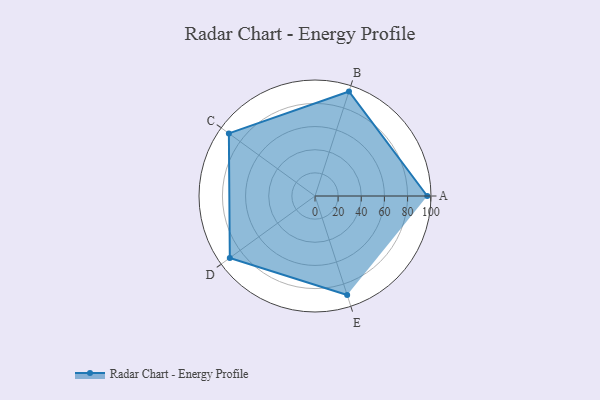
{"axis": {"x": "Skill", "y": "Score"}, "legend": ["Profile"], "data": [{"x": "A", "y": 97.0, "type": "Profile"}, {"x": "B", "y": 95.0, "type": "Profile"}, {"x": "C", "y": 92.0, "type": "Profile"}, {"x": "D", "y": 91.0, "type": "Profile"}, {"x": "E", "y": 90.0, "type": "Profile"}]}